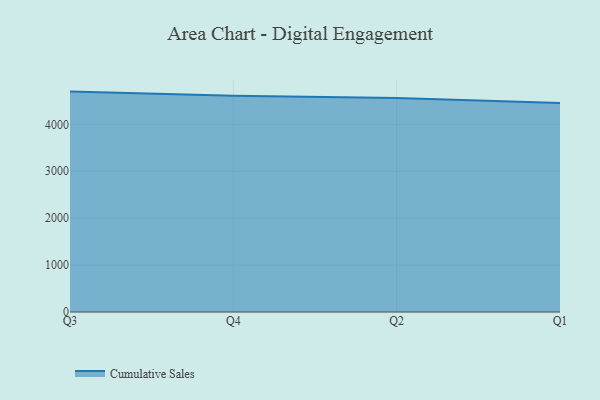
{"axis": {"x": "Quarter", "y": "Production Output"}, "legend": ["Cumulative Sales"], "data": [{"x": "Q3", "y": 4698.3, "type": "Cumulative Sales"}, {"x": "Q4", "y": 4612.3, "type": "Cumulative Sales"}, {"x": "Q2", "y": 4563.1, "type": "Cumulative Sales"}, {"x": "Q1", "y": 4455.0, "type": "Cumulative Sales"}]}